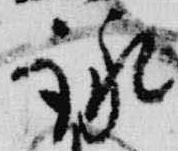
詠